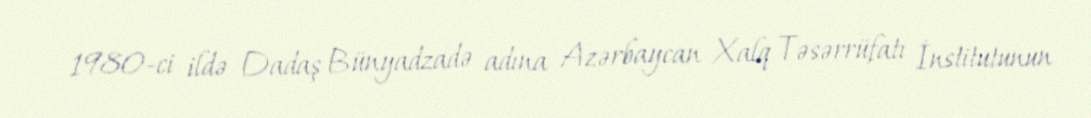
1980-ci ildə Dadaş Bünyadzadə adına Azərbaycan Xalq Təsərrüfatı İnstitutunun